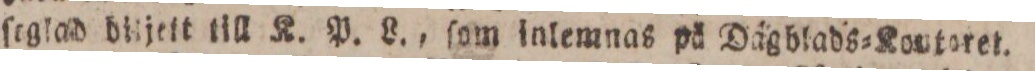
ſoglad diljett till K. P. L., ſom inlemnas på Dägblads=Kovtoret.